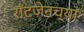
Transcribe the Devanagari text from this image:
राँटजेनच्या